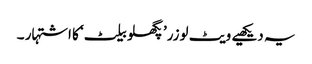
یہ دیکھیے ویٹ لوزر’پگھلو بیلٹ‘ کا اشتہار ۔